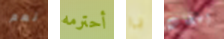
نعم أحترمه يا اعجاب